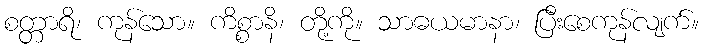
စတ္တာရိ၊ ကုန်သော။ ကိစ္စာနိ၊ တို့ကို။ သာဓယမာနာ၊ ပြီးစေကုန်လျက်။